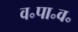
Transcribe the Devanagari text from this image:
व॰पा॰व॰